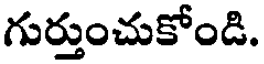
గుర్తుంచుకోండి.